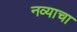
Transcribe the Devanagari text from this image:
नव्याचा